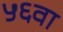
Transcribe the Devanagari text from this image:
५६वा